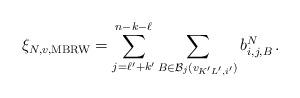
LaTeX: \begin{align*} {\xi}_{N, v, \mathrm{MBRW}}= \sum_{j=\ell' + k'}^{n-k-\ell} \sum_{B \in \mathcal{B}_j (v_{K'L', i'})} b^N_{ i, j, B} \,. \end{align*}